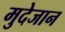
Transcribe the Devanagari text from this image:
मुदेजान